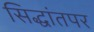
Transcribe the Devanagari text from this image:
सिद्धांतपर